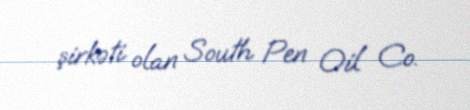
şirkəti olan South Pen Oil Co.